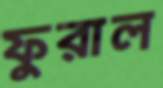
ফুরাল